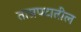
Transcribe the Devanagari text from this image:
ताम्रपटातील